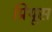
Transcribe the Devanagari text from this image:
प्रियूस